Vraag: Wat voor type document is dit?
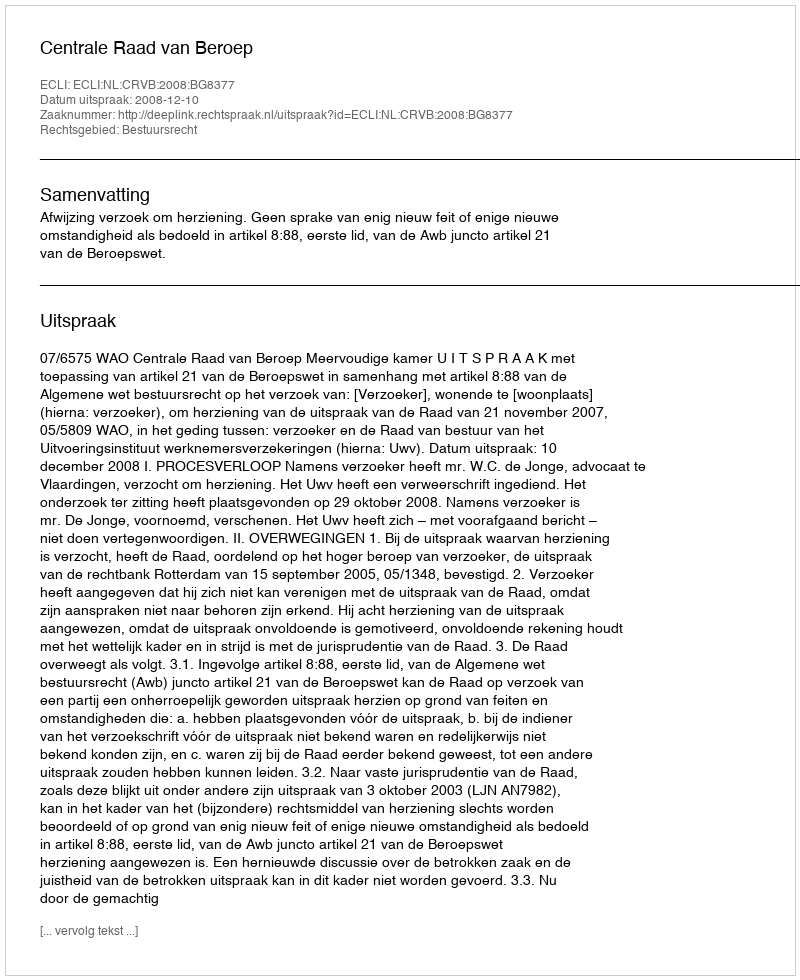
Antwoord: Uitspraak